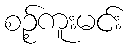
စဉ့်ကူးမင်း